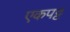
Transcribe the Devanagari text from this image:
एकपट्ट